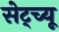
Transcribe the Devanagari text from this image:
सेट्च्यू